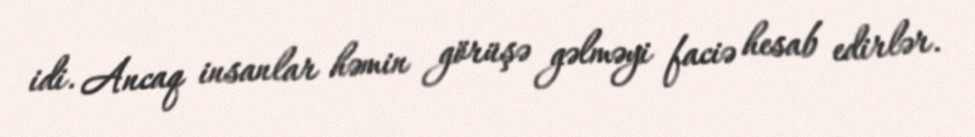
idi. Ancaq insanlar həmin görüşə gəlməyi faciə hesab edirlər.